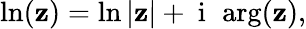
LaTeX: \ln(\mathbf{z})=\ln|\mathbf{z}|+\mathrm{{~i~}}\, \arg(\mathbf{z}),